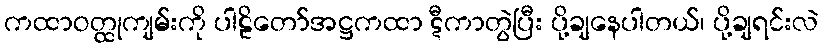
ကထာဝတ္ထုကျမ်းကို ပါဠိတော်အဋ္ဌကထာ ဋီကာတွဲပြီး ပို့ချနေပါတယ်၊ ပို့ချရင်းလဲ